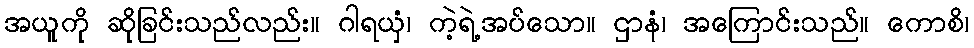
အယူကို ဆိုခြင်းသည်လည်း။ ဂါရယှံ၊ ကဲ့ရဲ့အပ်သော။ ဌာနံ၊ အကြောင်းသည်။ ကောစိ၊